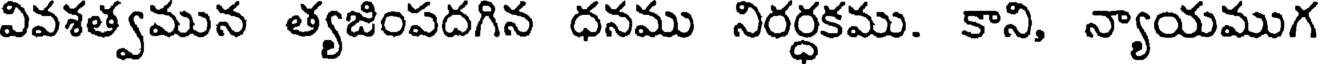
వివశత్వమున త్యజింపదగిన ధనము నిరర్ధకము. కాని, న్యాయముగ